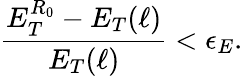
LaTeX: {\frac{E_{T}^{R_{0}}-E_{T}(\ell)}{E_{T}(\ell)}}<\epsilon_{E}.